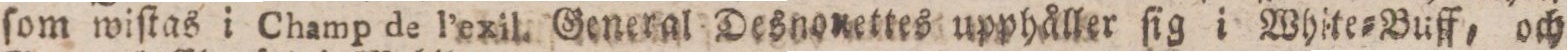
ſom wiſtas i Champ de l’exil. General Desnonettes upphåller ſig i White=Buff, och